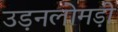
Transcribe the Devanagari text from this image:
उड़नलोमड़ी